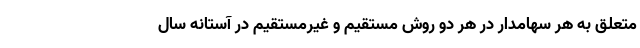
متعلق به هر سهامدار در هر دو روش مستقیم و غیرمستقیم در آستانه سال